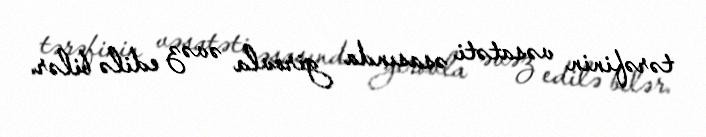
tərəfinin vəsatəti əsasında girovla əvəz edilə bilər.